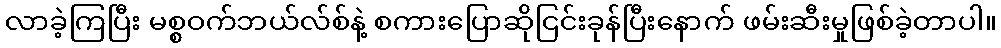
လာခဲ့ကြပြီး မစ္စဝက်ဘယ်လ်စ်နဲ့ စကားပြောဆိုငြင်းခုန်ပြီးနောက် ဖမ်းဆီးမှုဖြစ်ခဲ့တာပါ။